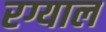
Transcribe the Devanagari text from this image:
रग्याल